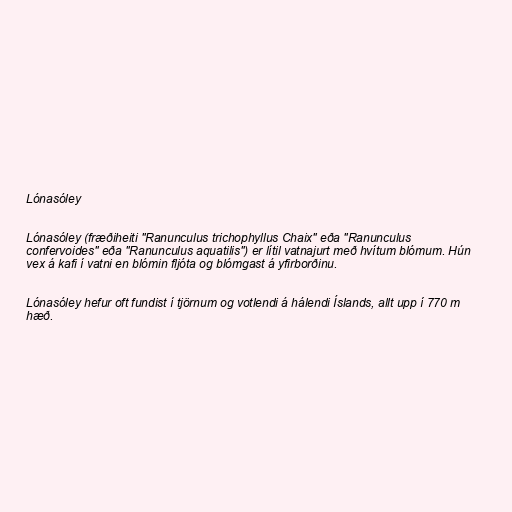
Lónasóley

Lónasóley (fræðiheiti "Ranunculus trichophyllus Chaix" eða "Ranunculus
confervoides" eða "Ranunculus aquatilis") er lítil vatnajurt með hvítum blómum. Hún
vex á kafi í vatni en blómin fljóta og blómgast á yfirborðinu.

Lónasóley hefur oft fundist í tjörnum og votlendi á hálendi Íslands, allt upp í 770 m
hæð.